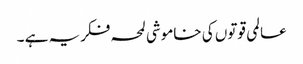
عالمی قوتوں کی خاموشی لمحہ فکریہ ہے ۔